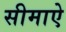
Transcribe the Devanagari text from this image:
सीमाऐ